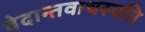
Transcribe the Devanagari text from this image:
वेदान्तवाचस्पति